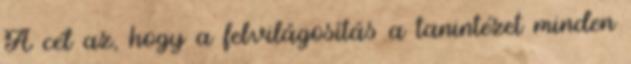
A cél az, hogy a felvilágosítás a tanintézet minden